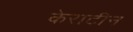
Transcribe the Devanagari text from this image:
केराटीन